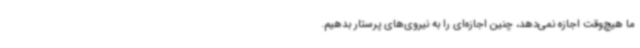
ما هیچ‌وقت اجازه نمی‌دهد، چنین اجازه‌ای را به نیروی‌های پرستار بدهیم.